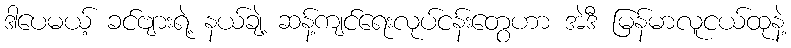
ဒါပေမယ့် ခင်ဗျားရဲ့ နယ်ချဲ့ ဆန့်ကျင်ရေးလုပ်ငန်းတွေဟာ အဲဒီ မြန်မာလူငယ်ထုနဲ့